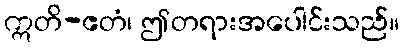
ဣတိ-ဧတံ၊ ဤတရားအပေါင်းသည်။